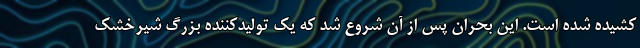
کشیده شده است. این بحران پس از آن شروع شد که یک تولیدکننده بزرگ شیرخشک